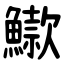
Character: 䲌